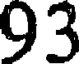
93